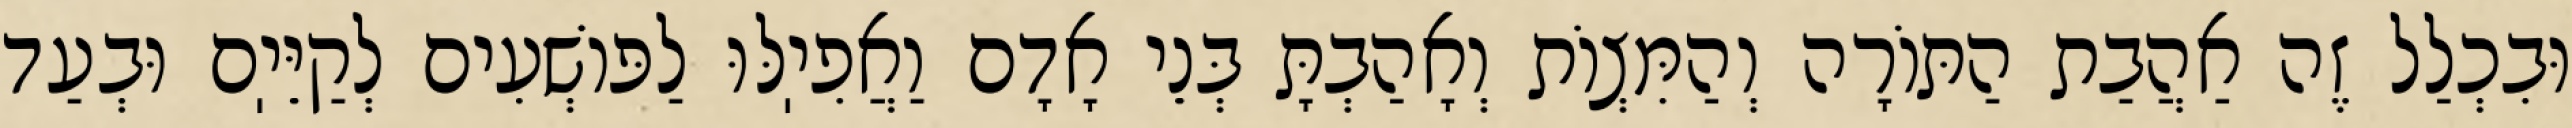
וּבִכְלַל זֶה אַהֲבַת הַתּוֹרָה וְהַמִּצְוֹת וְאָהַבְתָּ בְּנֵי אָדָם וַאֲפִיֽלּוּ לַפּוֹשְׁעִים לְקַיֵּיֽם וּבְעַד